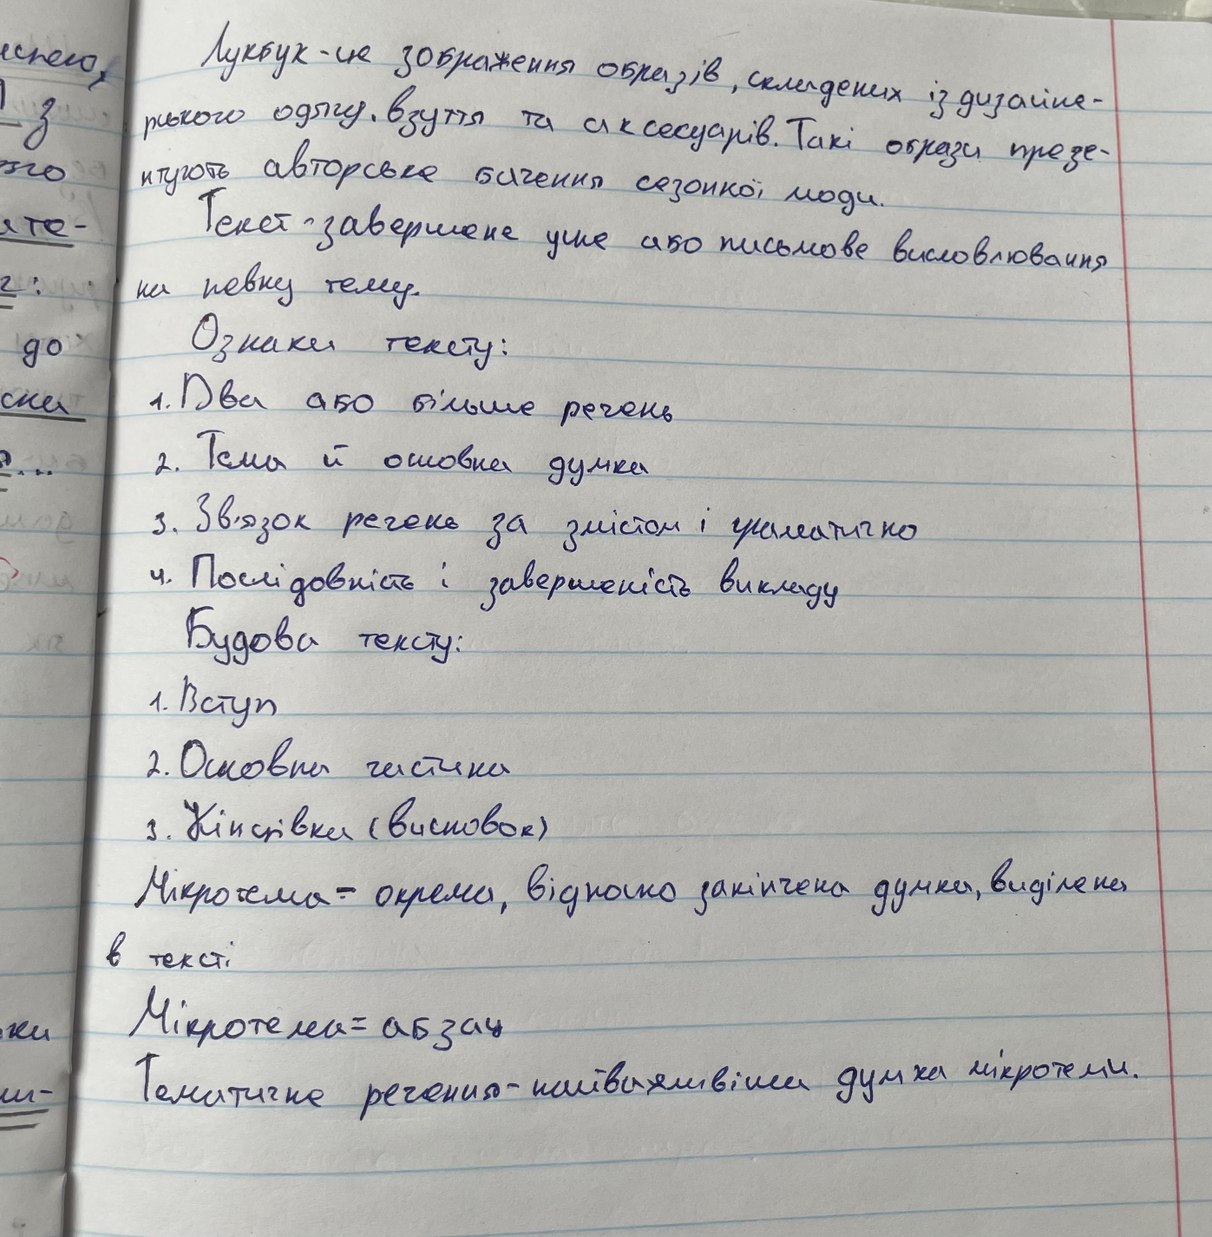
Лукбук - це зображення образів, складених із дизайне-
инею,
рського одягу, взуття та аксесуарів. Такі образи презе-
з
нтують авторське бачення сезонної моди.
Текст - завернене усне або письмове висловлювання
яте-
на певну тему.
Ознаки тексту:
до
1. Два або більше речень
ска
2. Тема й основна думка
3. Зв'язок речень за змістом і граматично
4. Послідовність і завершеність викладу
Будова тексту:
1. Вступ
2. Основна частина
3. Кінцівка (висновок)
Мікротема - окрема, відносно закінчена думка, виділена
в тексті
Мікротема = абзац
ки
Тематичне речення - найважливіши думки мікротеми.
ш-